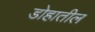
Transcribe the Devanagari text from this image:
डोहातील